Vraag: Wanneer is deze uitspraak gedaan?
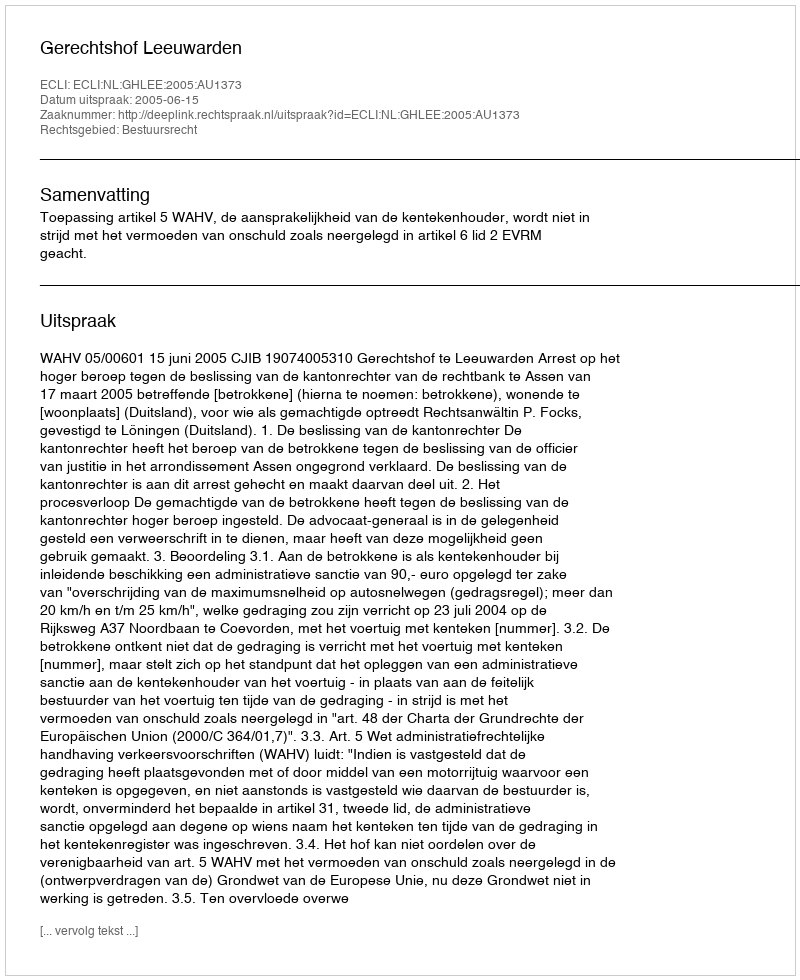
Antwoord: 2005-06-15